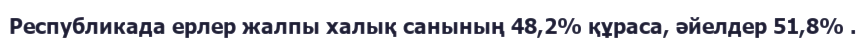
Республикада ерлер жалпы халық санының 48,2% құраса, әйелдер 51,8% .